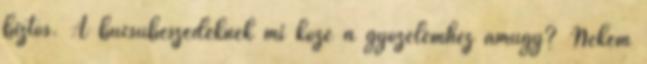
biztos. A búcsúbeszédeknek mi köze a győzelemhez amúgy? Nekem